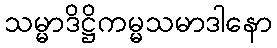
သမ္မာဒိဋ္ဌိကမ္မသမာဒါနော